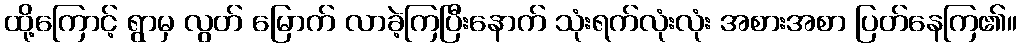
ထို့ကြောင့် ရွာမှ လွတ် မြောက် လာခဲ့ကြပြီးနောက် သုံးရက်လုံးလုံး အစားအစာ ပြတ်နေကြ၏။